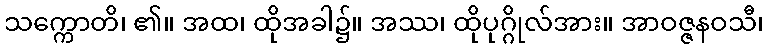
သက္ကောတိ၊ ၏။ အထ၊ ထိုအခါ၌။ အဿ၊ ထိုပုဂ္ဂိုလ်အား။ အာဝဇ္ဇနဝသီ၊